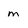
Character: m